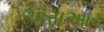
ઍસઆર